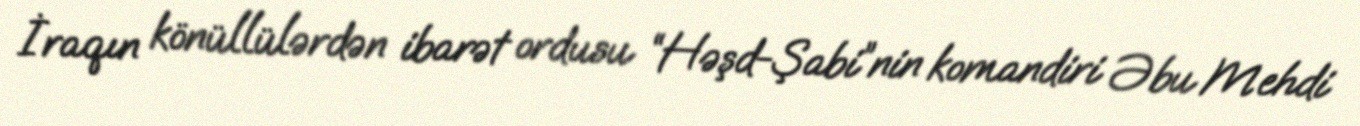
İraqın könüllülərdən ibarət ordusu “Həşd-Şabi”nin komandiri Əbu Mehdi